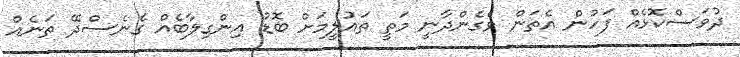
ދުވަސްކޮޅެއް ފަހުން އެތަން ވެގެންދާނީ މަތީ ތައުލީމަށް ބޮޑު އިންގިލާބެއް ގެނެސްދޭ ތަނެއް